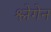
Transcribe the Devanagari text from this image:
श्लेगेन